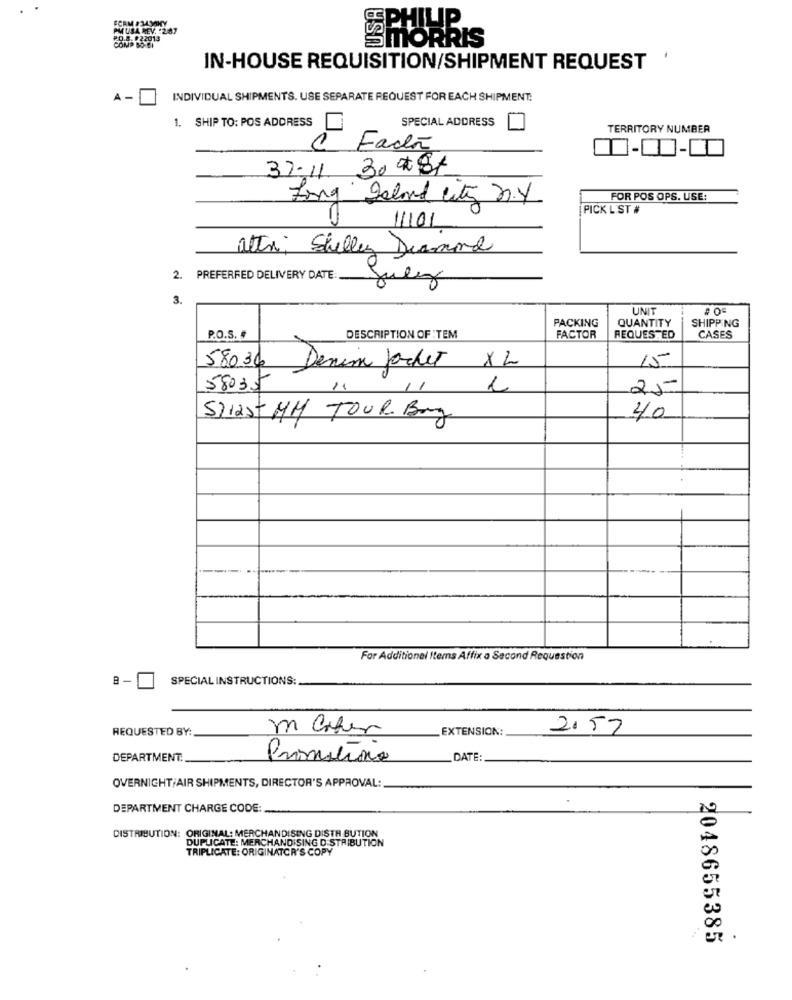
FCRM #2430KY
PMUSA REV. : 2.87
HILP.
P.O.S. #22013
SMORRIS
IN-HOUSE REQUISITION/SHIPMENT REQUEST
A -
INDIVIDUAL SHIPMENTS. USE SEPARATE REQUEST FOR EACH SHIPMENT:
SPECIAL ADDRESS
SHIP TO: POS ADDRESS
TERRITORY NUMBER
C Fada
37.11 30 #8+
Long Seland city n.y
FOR POS OPS. USE:
PICK L ST #
11101
altri; Shelley Diamond
2. PREFERRED DELIVERY DATE:
July
3.
UNIT
PACKING
QUANTITY
SHIPPING
P.O.S. #
DESCRIPTION OF :TEM
FACTOR
REQUESTED
CASES
15
58036 Denim Jacket XL
58035
25-
51125-MM TOUR Burg
40
For Additional Items Affix a Second Requestion
SPECIAL INSTRUCTIONS:
REQUESTED BY:
EXTENSION:
2.57
DEPARTMENT.
Promotions
DATE:
OVERNIGHT/AIR SHIPMENTS, DIRECTOR'S APPROVAL:
DEPARTMENT CHARGE CODE:
DISTRIBUTION: ORIGINAL: MERCHANDISING DISTR BUTION
DUPLICATE: MERCHANDISING DISTRIBUTION
TRIPLICATE: ORIGINATOR'S COPY
2048655385